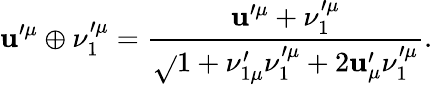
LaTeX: \mathbf{u}^{\prime\mu}\oplus\nu_{1}^{\prime\mu}=\frac{{\mathbf{u}^{\prime\mu}+\nu_{1}^{\prime\mu}}}{{\sqrt{}{{1+\nu_{1\mu}^{\prime}\nu_{1}^{\prime\mu}+2\mathbf{u}_{\mu}^{\prime}\nu_{1}^{\prime\mu}}}}}.